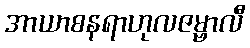
အာယာစနရာဟုလဇမ္ဗာလီ